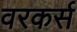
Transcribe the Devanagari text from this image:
वरकर्स